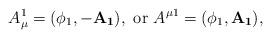
\begin{align*}A_\mu^1=(\phi_1,-\mathbf{A_1}),~{\rm or}~ A^{\mu 1} =(\phi_1,\mathbf{A_1}),\end{align*}